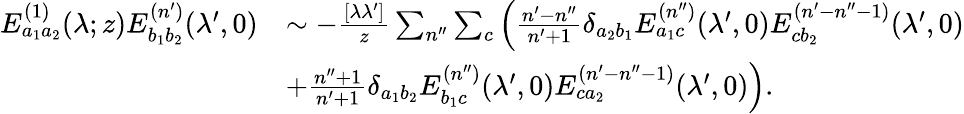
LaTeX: \begin{array}{rl}{E_{a_{1}a_{2}}^{(1)}(\lambda;z)E_{b_{1}b_{2}}^{(n^{\prime})}(\lambda^{\prime},0)}&{\sim-\frac{[\lambda\lambda^{\prime}]}{z}\sum_{n^{\prime\prime}}\sum_{c}\left(\frac{n^{\prime}-n^{\prime\prime}}{n^{\prime}+1}\delta_{a_{2}b_{1}}E_{a_{1}c}^{(n^{\prime\prime})}(\lambda^{\prime},0)E_{cb_{2}}^{(n^{\prime}-n^{\prime\prime}-1)}(\lambda^{\prime},0)\right.}\\ &{\left.+\frac{n^{\prime\prime}+1}{n^{\prime}+1}\delta_{a_{1}b_{2}}E_{b_{1}c}^{(n^{\prime\prime})}(\lambda^{\prime},0)E_{ca_{2}}^{(n^{\prime}-n^{\prime\prime}-1)}(\lambda^{\prime},0)\right).}\end{array}